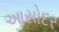
આસોદર